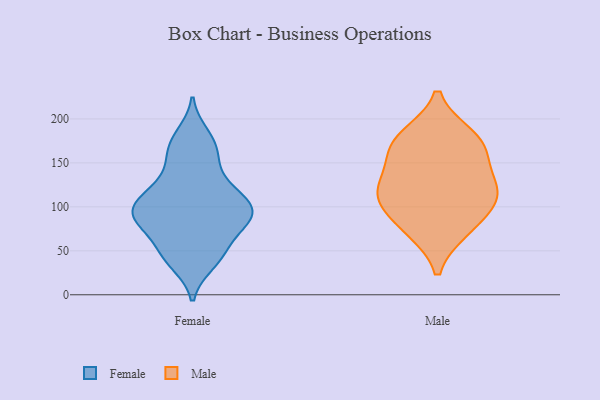
{"axis": {"x": "Operating Costs (USD K)", "y": "Value"}, "legend": ["Female", "Male"], "data": [{"x": "", "y": 87, "type": "Female"}, {"x": "", "y": 85, "type": "Female"}, {"x": "", "y": 94, "type": "Female"}, {"x": "", "y": 183, "type": "Female"}, {"x": "", "y": 94, "type": "Female"}, {"x": "", "y": 39, "type": "Female"}, {"x": "", "y": 122, "type": "Female"}, {"x": "", "y": 91, "type": "Female"}, {"x": "", "y": 55, "type": "Female"}, {"x": "", "y": 109, "type": "Female"}, {"x": "", "y": 52, "type": "Female"}, {"x": "", "y": 159, "type": "Female"}, {"x": "", "y": 72, "type": "Female"}, {"x": "", "y": 92, "type": "Female"}, {"x": "", "y": 35, "type": "Female"}, {"x": "", "y": 150, "type": "Female"}, {"x": "", "y": 171, "type": "Female"}, {"x": "", "y": 113, "type": "Female"}, {"x": "", "y": 123, "type": "Female"}, {"x": "", "y": 107, "type": "Male"}, {"x": "", "y": 166, "type": "Male"}, {"x": "", "y": 112, "type": "Male"}, {"x": "", "y": 181, "type": "Male"}, {"x": "", "y": 157, "type": "Male"}, {"x": "", "y": 134, "type": "Male"}, {"x": "", "y": 179, "type": "Male"}, {"x": "", "y": 76, "type": "Male"}, {"x": "", "y": 120, "type": "Male"}, {"x": "", "y": 109, "type": "Male"}, {"x": "", "y": 73, "type": "Male"}]}